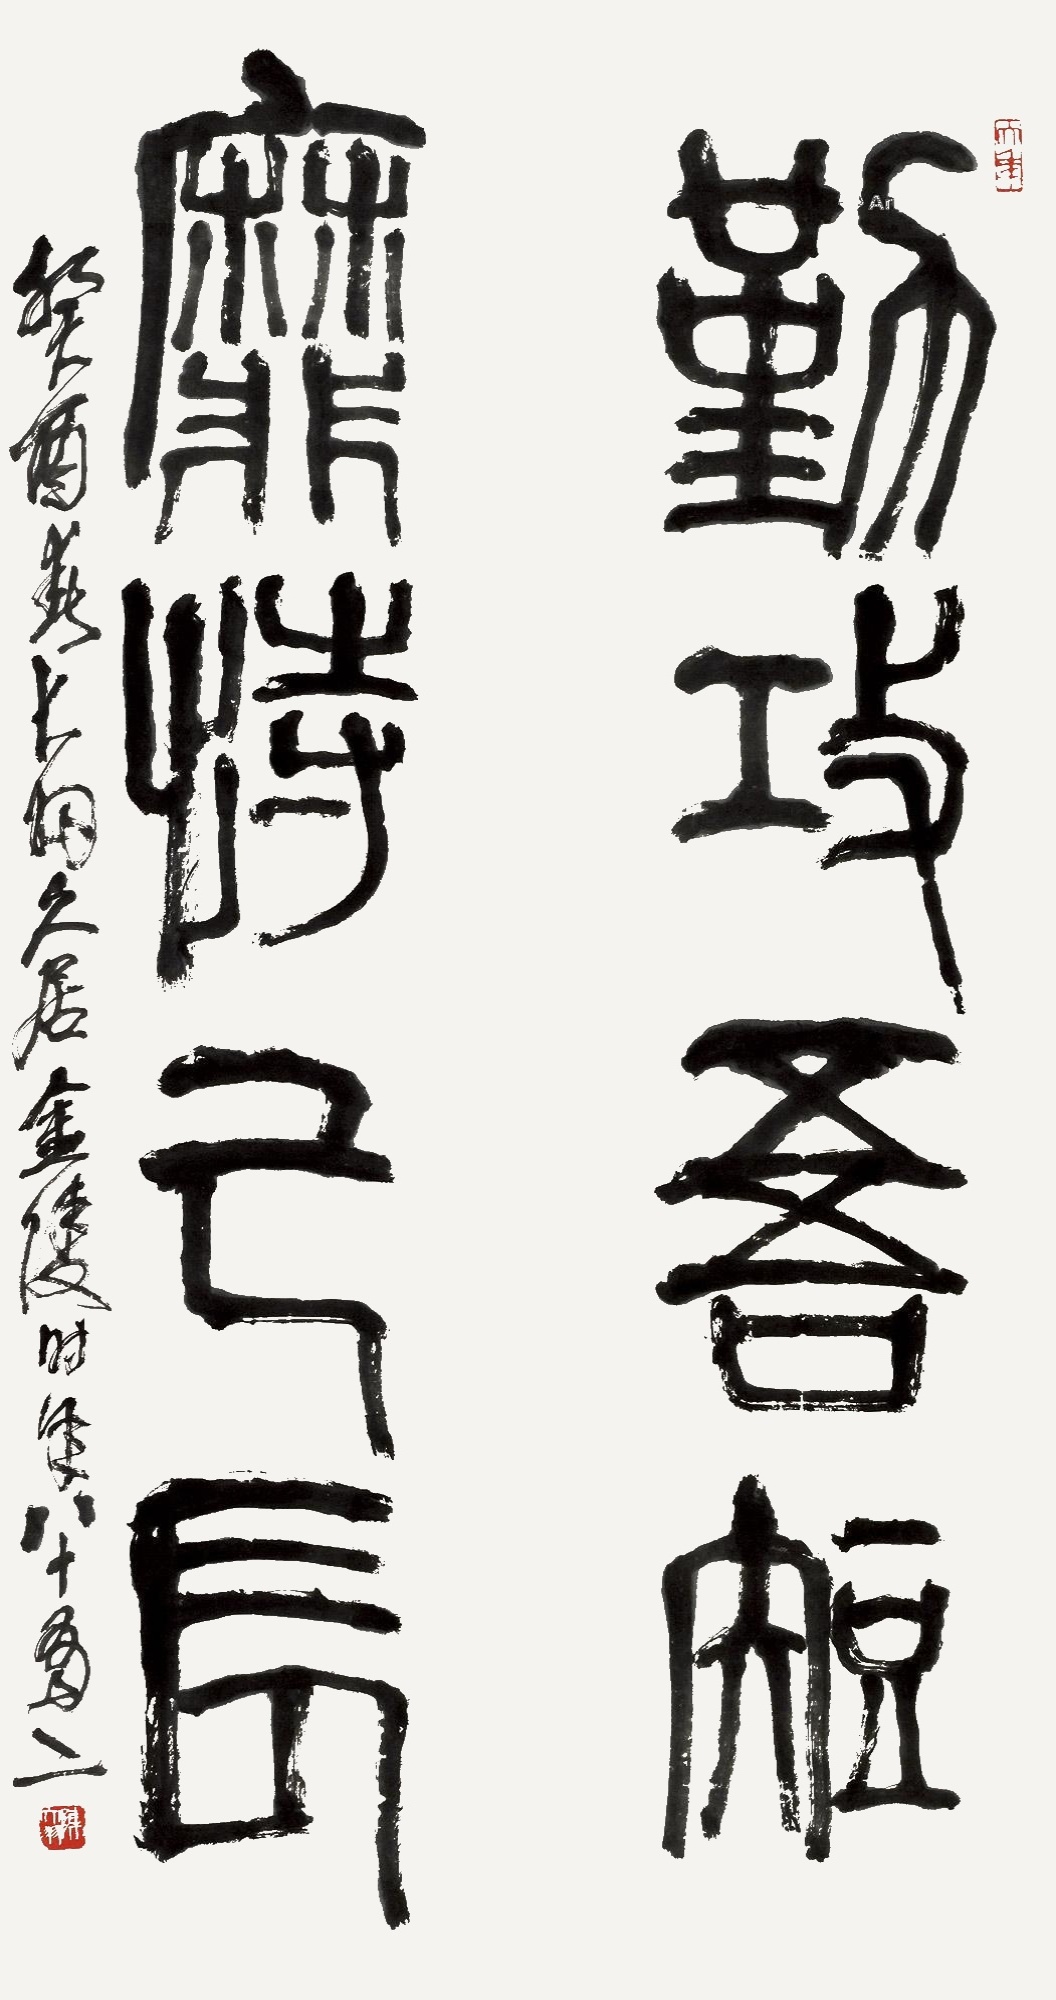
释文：勤攻吾短，靡恃己长。癸酉春，大羽久居金陵，时年八十有二。